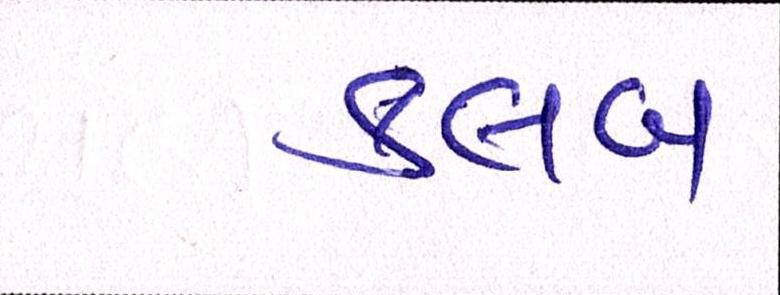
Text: ક્લબ